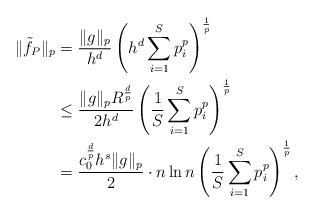
LaTeX: \begin{align*}\begin{aligned}\|\tilde{f}_P\|_p &= \frac{\|g\|_p}{h^d}\left(h^d\sum_{i=1}^Sp_i^p\right)^{\frac{1}{p}} \\&\le \frac{\|g\|_pR^{\frac{d}{p}}}{2h^d}\left(\frac{1}{S}\sum_{i=1}^Sp_i^p\right)^{\frac{1}{p}} \\&= \frac{c_0^{\frac{d}{p}}h^s\|g\|_p}{2}\cdot n\ln n\left(\frac{1}{S}\sum_{i=1}^Sp_i^p\right)^{\frac{1}{p}},\end{aligned}\end{align*}